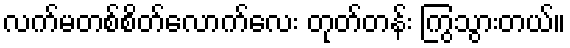
လက်မတစ်စိတ်လောက်လေး တုတ်တန်း ကြွသွားတယ်။